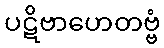
ပဋိဗာဟေတဗ္ဗံ